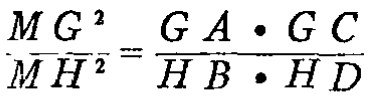
\(\frac{MG^{2}}{MH^{2}}=\frac{GA\cdot GC}{HB\cdot HD}\)